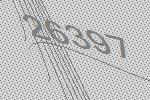
26397